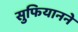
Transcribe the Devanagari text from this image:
सुफियानने